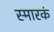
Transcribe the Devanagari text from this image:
स्मारकं